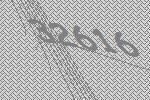
32616